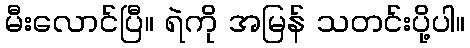
မီးလောင်ပြီ။ ရဲကို အမြန် သတင်းပို့ပါ။